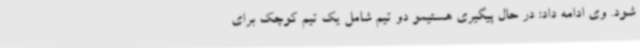
شود. وی ادامه داد: در حال پیگیری هستیمو دو تیم شامل یک تیم کوچک برای